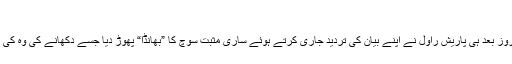
“
اس بیان کے ایک دو روز بعد ہی پاریش راول نے اپنے بیان کی تردید جاری کرتے ہوئے ساری مثبت سوچ کا ”بھانڈا“ پھوڑ دیا جسے دکھانے کی وہ کی کوشش کر رہے تھے۔